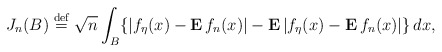
\begin{align*}J_{n}(B)\stackrel{\rm def}{=}\sqrt{n}\int_{B}\{|f_{\eta }(x)-{\bf E\,}f_{n}(x)|-{\bf E\,}|f_{\eta }(x)-{\bf E\,}f_{n}(x)|\}\,dx, \end{align*}